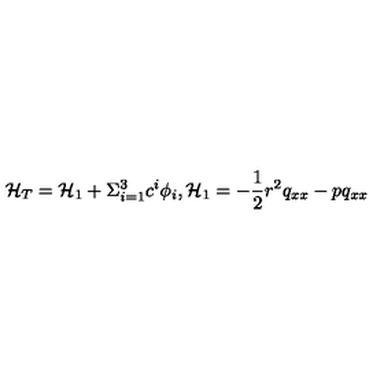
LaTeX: { \cal H } _ { T } = { \cal H } _ { 1 } + \Sigma _ { i = 1 } ^ { 3 } c ^ { i } \phi _ { i } , { \cal H } _ { 1 } = - \frac { 1 } { 2 } r ^ { 2 } q _ { x x } - p q _ { x x }